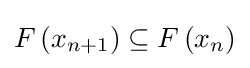
F\left(x_{n+1}\right)\subseteq F\left(x_{n}\right)